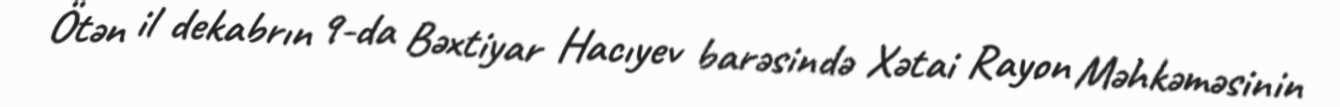
Ötən il dekabrın 9-da Bəxtiyar Hacıyev barəsində Xətai Rayon Məhkəməsinin